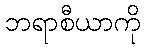
ဘရာစီယာကို